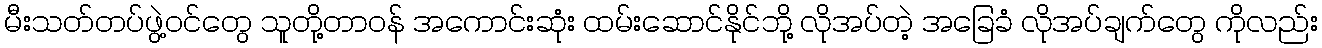
မီးသတ်တပ်ဖွဲ့ဝင်တွေ သူတို့တာဝန် အကောင်းဆုံး ထမ်းဆောင်နိုင်ဘို့ လိုအပ်တဲ့ အခြေခံ လိုအပ်ချက်တွေ ကိုလည်း